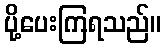
ပို့ပေးကြရသည်။